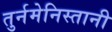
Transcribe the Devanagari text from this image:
तुर्नमेनिस्तानी